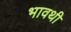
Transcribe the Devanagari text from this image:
भावथी